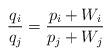
LaTeX: \begin{align*}\frac{q_i}{q_j} = \frac{p_i+W_i}{p_j+W_j}\end{align*}